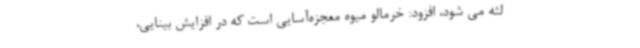
لثه می شود، افزود: خرمالو میوه معجزه‌آسایی است که در افزایش بینایی،